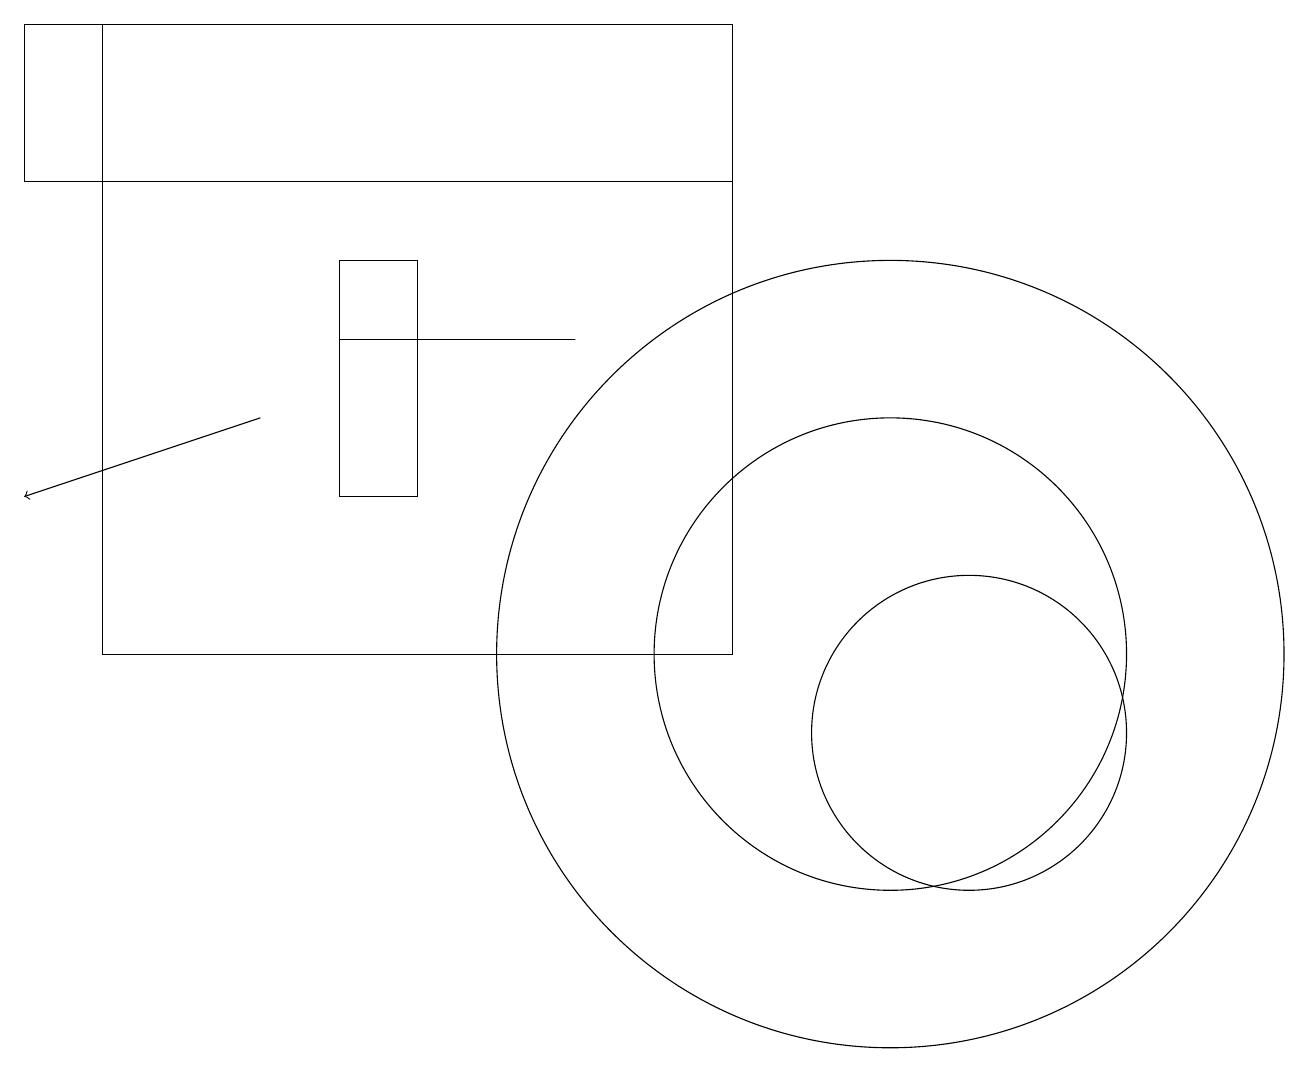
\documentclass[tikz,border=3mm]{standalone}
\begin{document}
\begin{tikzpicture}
\draw (5,13) rectangle (4,16);
\draw (12,10) circle (2);
\draw (11,11) circle (5);
\draw (1,19) rectangle (9,11);
\draw[->] (3,14) -- (0,13);
\draw (9,17) rectangle (0,19);
\draw (7,15) rectangle (4,15);
\draw (11,11) circle (3);
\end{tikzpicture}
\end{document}